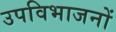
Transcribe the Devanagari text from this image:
उपविभाजनों